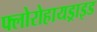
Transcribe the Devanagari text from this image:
फ्लोरोहायड्राइड